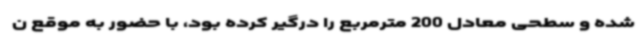
شده و سطحی معادل 200 مترمربع را درگیر کرده بود، با حضور به موقع ن